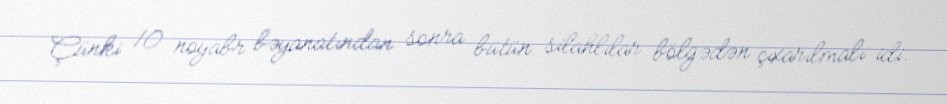
Çünki 10 noyabr bəyanatından sonra bütün silahlılar bölgədən çıxarılmalı idi.